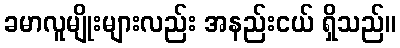
ခမာလူမျိုးများလည်း အနည်းငယ် ရှိသည်။